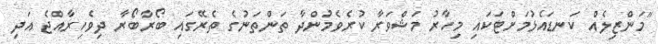
"މަންޒިލެއް ކަނޑައެޅުމަށްޓަކައި މިހާރު މަޝްވަރާ ކުރެވެމުންދާ ތަންތަނުގެ ތެރޭގައި ބޯރާބޯރާ ދިވެހިރާއްޖެ އަދި